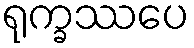
ရုက္ခဿပေ